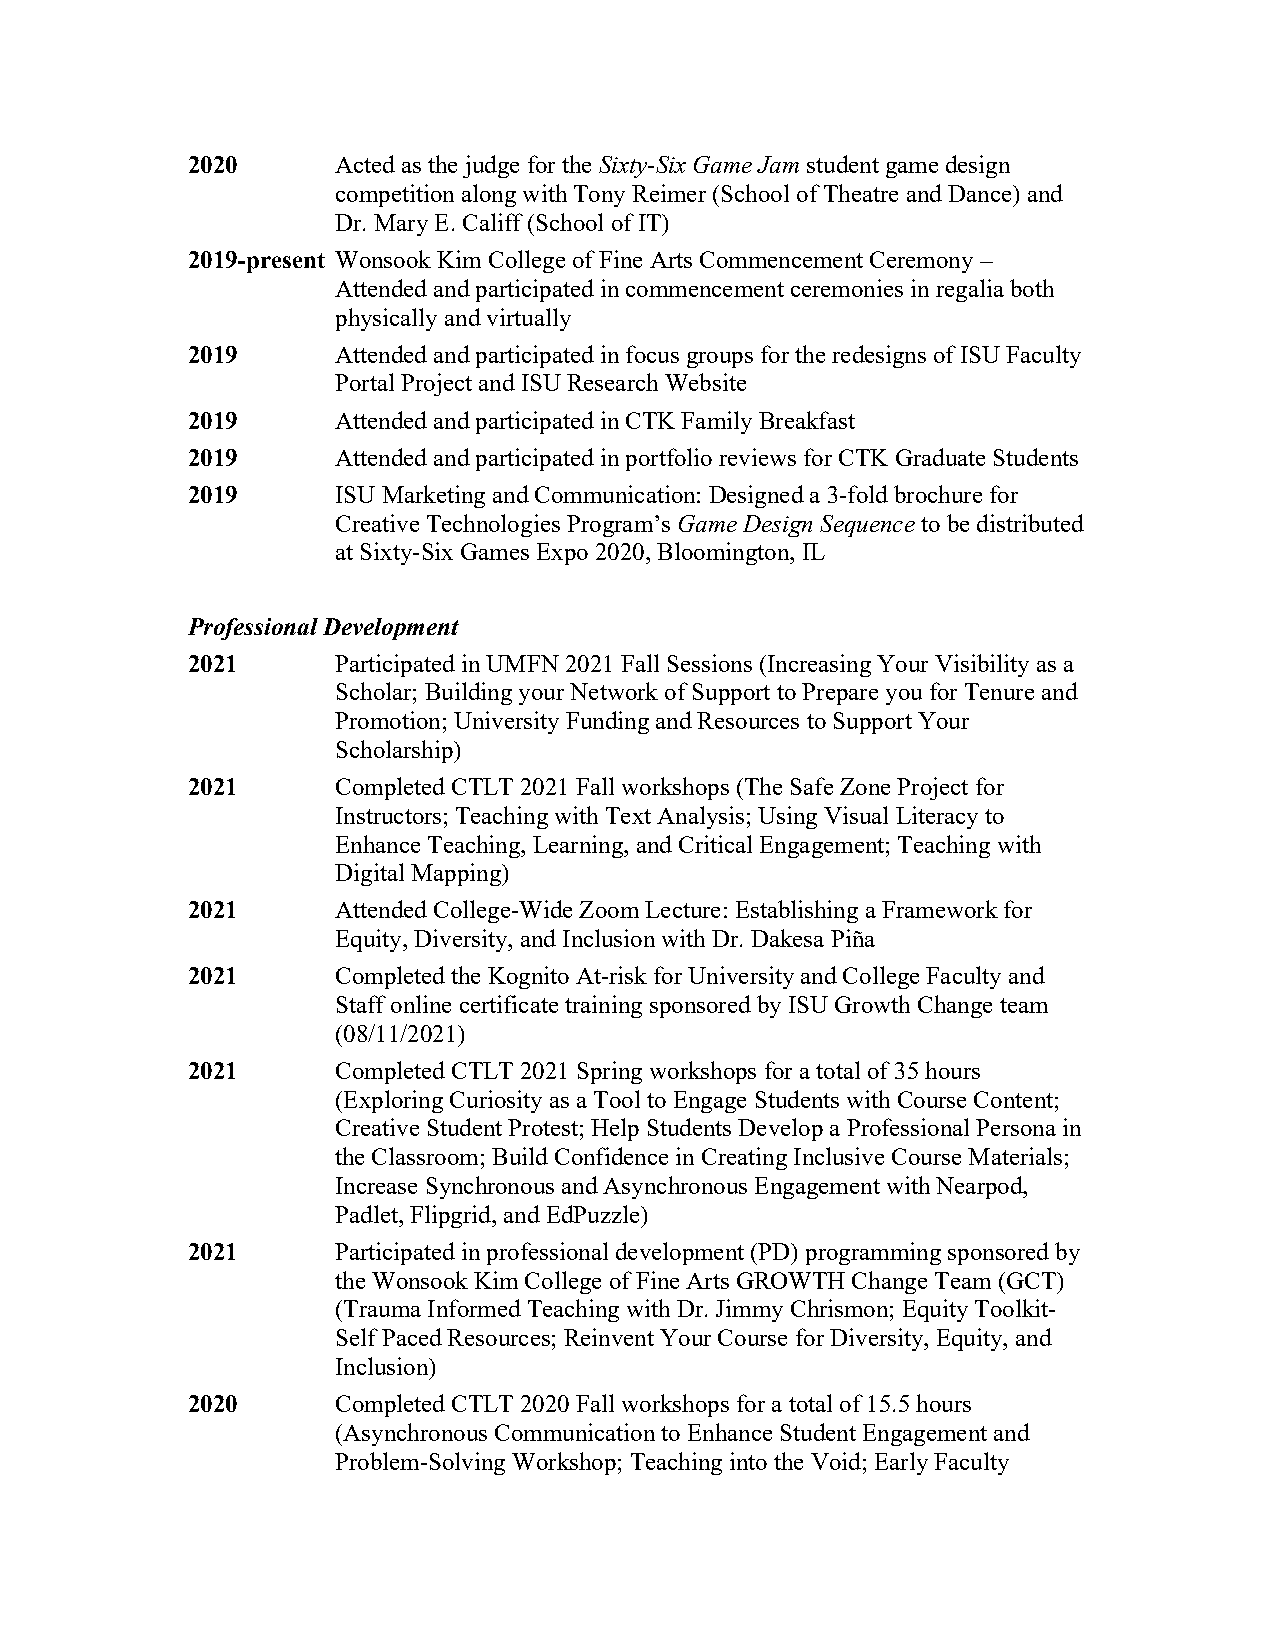
2020      Acted as the judge for the Sixty-Six Game Jam student game design
 competition along with Tony Reimer (School of Theatre and Dance) and
 Dr. Mary E. Califf (School of IT)
 2019-present Wonsook Kim College of Fine Arts Commencement Ceremony –
 Attended and participated in commencement ceremonies in regalia both
 physically and virtually
 2019      Attended and participated in focus groups for the redesigns of ISU Faculty
 Portal Project and ISU Research Website
 2019      Attended and participated in CTK Family Breakfast
 2019      Attended and participated in portfolio reviews for CTK Graduate Students
 2019      ISU Marketing and Communication: Designed a 3-fold brochure for
 Creative Technologies Program’s Game Design Sequence to be distributed
 at Sixty-Six Games Expo 2020, Bloomington, IL
 Professional Development
 2021      Participated in UMFN 2021 Fall Sessions (Increasing Your Visibility as a
 Scholar; Building your Network of Support to Prepare you for Tenure and
 Promotion; University Funding and Resources to Support Your
 Scholarship)
 2021      Completed CTLT 2021 Fall workshops (The Safe Zone Project for
 Instructors; Teaching with Text Analysis; Using Visual Literacy to
 Enhance Teaching, Learning, and Critical Engagement; Teaching with
 Digital Mapping)
 2021      Attended College-Wide Zoom Lecture: Establishing a Framework for
 Equity, Diversity, and Inclusion with Dr. Dakesa Piña
 2021      Completed the Kognito At-risk for University and College Faculty and
 Staff online certificate training sponsored by ISU Growth Change team
 (08/11/2021)
 2021      Completed CTLT 2021 Spring workshops for a total of 35 hours
 (Exploring Curiosity as a Tool to Engage Students with Course Content;
 Creative Student Protest; Help Students Develop a Professional Persona in
 the Classroom; Build Confidence in Creating Inclusive Course Materials;
 Increase Synchronous and Asynchronous Engagement with Nearpod,
 Padlet, Flipgrid, and EdPuzzle)
 2021      Participated in professional development (PD) programming sponsored by
 the Wonsook Kim College of Fine Arts GROWTH Change Team (GCT)
 (Trauma Informed Teaching with Dr. Jimmy Chrismon; Equity Toolkit-
 Self Paced Resources; Reinvent Your Course for Diversity, Equity, and
 Inclusion)
 2020      Completed CTLT 2020 Fall workshops for a total of 15.5 hours
 (Asynchronous Communication to Enhance Student Engagement and
 Problem-Solving Workshop; Teaching into the Void; Early Faculty